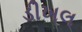
ડીખલ